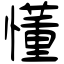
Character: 懂